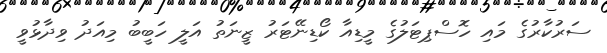
ސަރުކާރުގެ މައި ހޮސްޕިޓަލުގެ މީޑިއާ ކޯޑިނޭޓަރު ޒީނަތު އަލީ ހަބީބު މިއަދު ވިދާޅުވީ